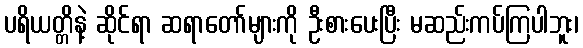
ပရိယတ္တိနဲ့ ဆိုင်ရာ ဆရာတော်များကို ဦးစားပေးပြီး မဆည်းကပ်ကြပါဘူး၊